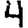
Digit: 4